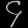
Digit: ၄